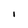
Character: l